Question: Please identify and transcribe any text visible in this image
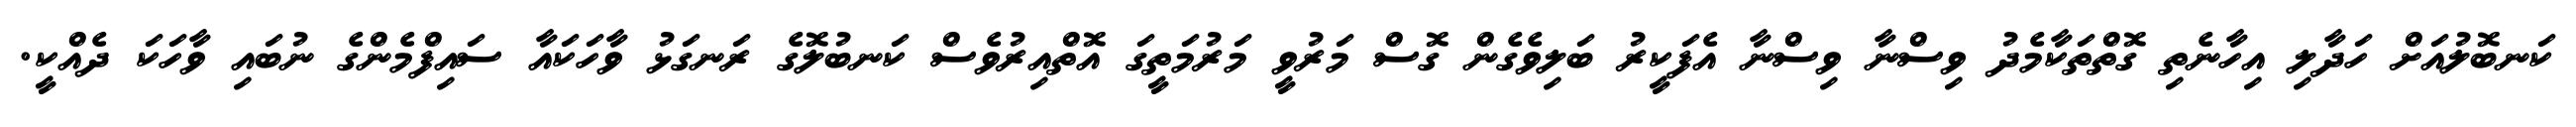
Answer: ކަނބޮލުއަށް ހަދާލި އިހާނެތި ގޮތްތަކާމެދު ވިސްނާ ވިސްނާ އެފަކީރު ބަލިވެގެން ގޮސް މަރުވީ މަރުމަތީގަ އޮތްއިރުވެސް ކަނބުލޮގެ ރަނގަޅު ވާހަކައާ ސައިފްމެންގެ ނުބައި ވާހަކަ ދެއްކީ.